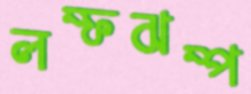
লম্ফঝম্প